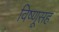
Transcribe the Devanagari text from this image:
विष्णूसह